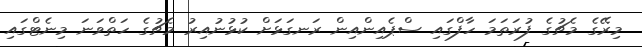
މިރޭގެ މެޗުގެ ފުރަތަމަ ހާފްގައި ސްޕެއިންއިން ރަނގަޅަށް ކުޅުނުއިރު މެޗުގެ ހަތްވަނަ މިނެޓްގައި